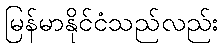
မြန်မာနိုင်ငံသည်လည်း